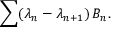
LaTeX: \sum ( \lambda _ { n } - \lambda _ { n + 1 } ) \, B _ { n } .